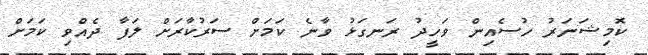
ކޮމިޝަނަރު ހުސެއިން ވަހީދު ރަނގަޅު ވާނެ ކަމަށް ސަރުކާރަށް ލަފާ ދެއްވި ކަމަށް